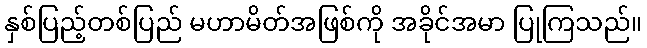
နှစ်ပြည့်တစ်ပြည် မဟာမိတ်အဖြစ်ကို အခိုင်အမာ ပြုကြသည်။